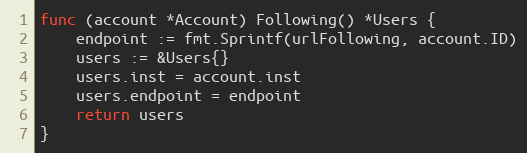
Language: Go
func (account *Account) Following() *Users {
	endpoint := fmt.Sprintf(urlFollowing, account.ID)
	users := &Users{}
	users.inst = account.inst
	users.endpoint = endpoint
	return users
}